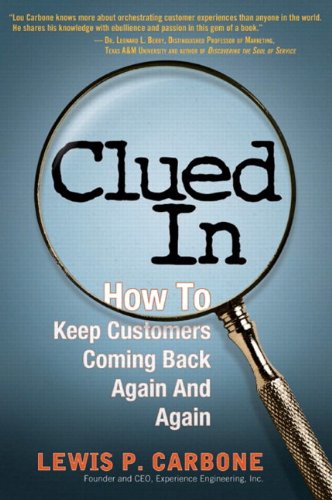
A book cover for Clued In: How to Keep Customers Coming Back Again and Again (paperback); Lewis Carbone; Business & Money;